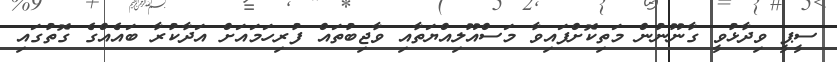
ސީޕީ ވިދާޅުވީ ގާނޫނުން މަތިކޮށްފައިވާ މަސްއޫލިއްޔަތާއި ވާޖިބުތައް ފުރިހަމައަށް އަދާކުރާ ބައެއްގެ ގޮތުގައި